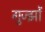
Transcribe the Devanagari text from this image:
गुज्झों